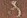
من